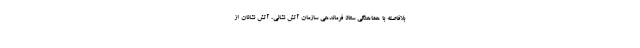
بلافاصله با هماهنگی ستاد فرماندهی سازمان آتش نشانی، آتش نشانان از